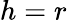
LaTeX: h=r